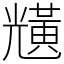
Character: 黋